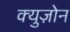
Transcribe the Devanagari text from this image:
क्युज़ोन